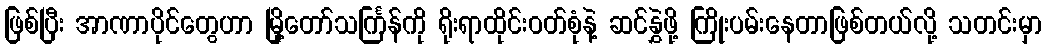
ဖြစ်ပြီး အာဏာပိုင်တွေဟာ မြို့တော်သင်္ကြန်ကို ရိုးရာထိုင်းဝတ်စုံနဲ့ ဆင်နွှဲဖို့ ကြိုးပမ်းနေတာဖြစ်တယ်လို့ သတင်းမှာ